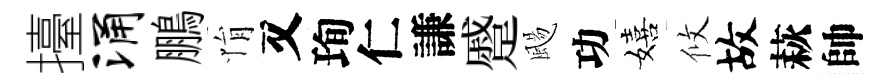
擡涌鵬悁又珣仁謙蹙颺功嬉攸故萩帥